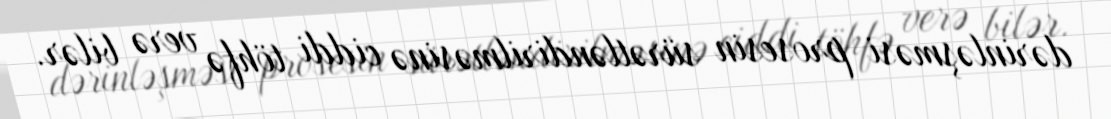
dərinləşməsi prosesin sürətləndirilməsinə ciddi töhfə verə bilər.